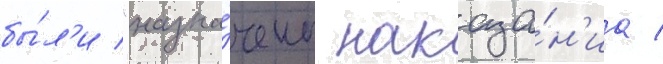
бы́л'и "назна́чены наказа́н'иа /